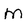
Character: M